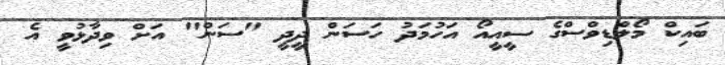
ބައިކް މޯލްޑިވްސްގެ ސީއީއޯ އަހުމަދު ހަސަން ދީދީ "ސަން" އަށް ވިދާޅުވީ އެ